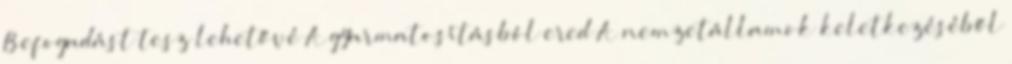
Befogadást tesz lehetővé A gyarmatosításból ered A nemzetállamok keletkezéséből